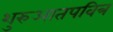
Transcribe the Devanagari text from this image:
शुरुआतपवित्र